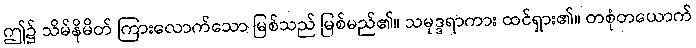
ဤ၌ သိမ်နိမိတ် ကြားလောက်သော မြစ်သည် မြစ်မည်၏။ သမုဒ္ဒရာကား ထင်ရှား၏။ တစုံတယောက်